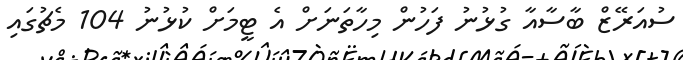
ސުއަރޭޒް ބާސާއާ ގުޅުނު ފަހުން މިހާތަނަށް އެ ޓީމަށް ކުޅުނު 104 މެޗުގައި